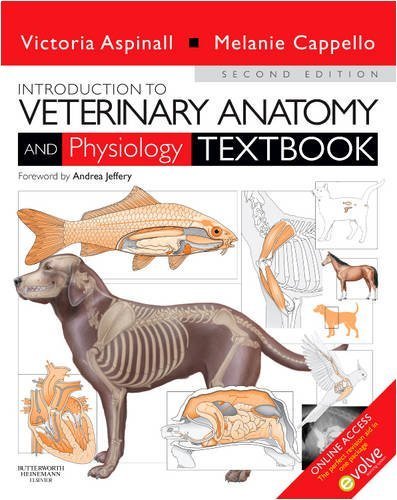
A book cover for By : Introduction to Veterinary Anatomy and Physiology Textbook Second (2nd) Edition; Medical Books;